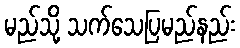
မည်သို့ သက်သေပြမည်နည်း